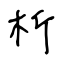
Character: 析